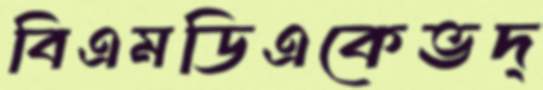
বিএমডিএকেভদ্